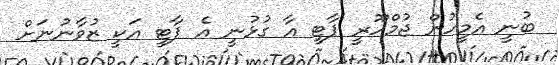
ބުނީ އެމީހުން ޖުމްހޫރީ ޕާޓީ އާ ގުޅުނީ އެ ޕާޓީ އަކީ ޒުވާނުނަށް